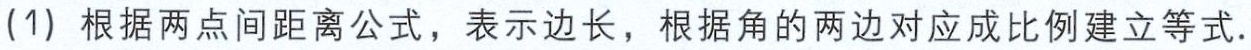
(1) 根据两点间距离公式，表示边长，根据角的两边对应成比例建立等式.